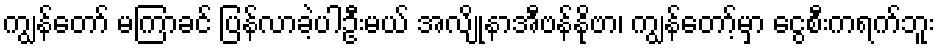
ကျွန်တော် မကြာခင် ပြန်လာခဲ့ပါဦးမယ် အလျိုနာအီဗန်နိုဗာ၊ ကျွန်တော့်မှာ ငွေစီးကရက်ဘူး